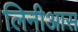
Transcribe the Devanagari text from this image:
लिनीआस